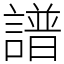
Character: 譜